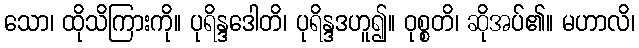
သော၊ ထိုသိကြားကို။ ပုရိန္ဒဒေါတိ၊ ပုရိန္ဒဒဟူ၍။ ဝုစ္စတိ၊ ဆိုအပ်၏။ မဟာလိ၊